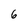
Character: 6